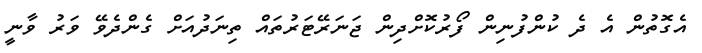
އެގޮތުން އެ ދެ ކުންފުނިން ފޯރުކޮށްދިން ޖަނަރޭޓަރުތައް ތިނަދުއަށް ގެންދެވޭ ވަރު ވާނީ